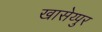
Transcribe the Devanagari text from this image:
खासेय्पुर